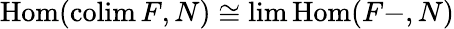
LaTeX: \operatorname{Hom}(\operatorname{colim}F,N)\cong\operatorname*{lim}\operatorname{Hom}(F-,N)